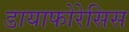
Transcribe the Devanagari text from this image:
डायाफोरेसिस